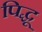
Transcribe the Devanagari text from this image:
पिद्धू